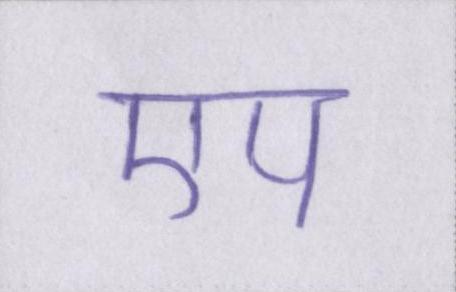
एप